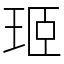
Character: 㺿